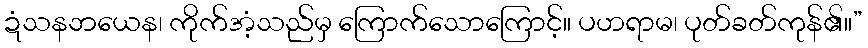
ဍံသနဘယေန၊ ကိုက်အံ့သည်မှ ကြောက်သောကြောင့်။ ပဟရာမ၊ ပုတ်ခတ်ကုန်၏။”